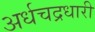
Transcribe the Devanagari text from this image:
अर्धचद्रधारी